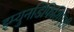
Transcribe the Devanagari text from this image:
इम्युनडिफिशिएंशी